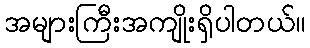
အများကြီးအကျိုးရှိပါတယ်။